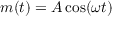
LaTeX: m ( t ) = { A \cos ( \omega t ) }